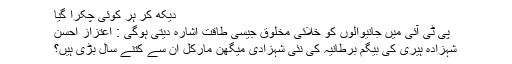
دیکھ کر ہر کوئی چکرا گیا
پی ٹی آئی میں جانیوالوں کو خلائی مخلوق جیسی طاقت اشارہ دیتی ہوگی : اعتزاز احسن
شہزادہ ہیری کی بیگم برطانیہ کی نئی شہزادی میگھن مارکل ان سے کتنے سال بڑی ہیں؟